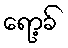
ရော့ခ်